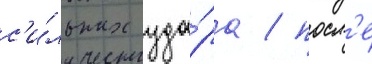
с'и́льных уда́ра / посл'е